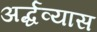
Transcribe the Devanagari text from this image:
अर्द्धव्यास